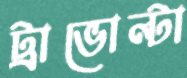
ট্রাভোল্টা